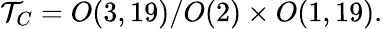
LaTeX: {\cal T}_{C}=O(3,19)/O(2)\times O(1,19).